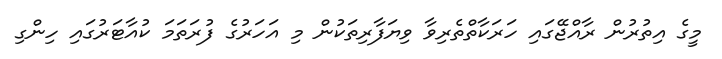
މީގެ އިތުރުން ރާއްޖޭގައި ހަރަކާތްތެރިވާ ވިޔަފާރިތަކުން މި އަހަރުގެ ފުރަތަމަ ކުއާޓަރުގައި ހިންގި